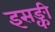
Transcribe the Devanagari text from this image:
इसङ्की